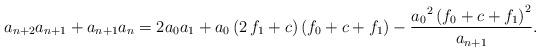
LaTeX: \begin{align*} a_{{n+2}}a_{{n+1}}+a_{{n+1}}a_{{n}}=2a_{{0}}a_{{1}}+a_{{0}} \left( 2\,f_{{1}}+c \right) \left( f_{{0}}+c+f_{{1}} \right)-{\frac {{a_{{0}}}^{2} \left( f_{{0}}+c+f_{{1}} \right) ^{2}}{a_{{n+1}}}}. \end{align*}